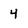
Character: 4